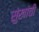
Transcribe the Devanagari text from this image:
सुंखांची